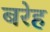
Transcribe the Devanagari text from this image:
बरेह